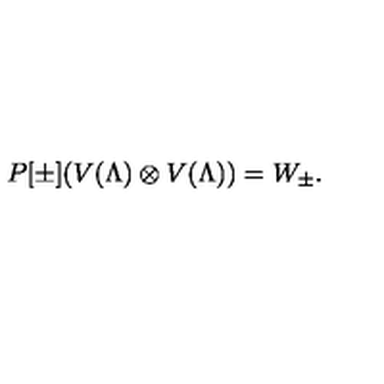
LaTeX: P [ \pm ] ( V ( \Lambda ) \otimes V ( \Lambda ) ) = W _ { \pm } .